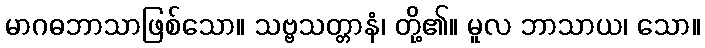
မာဂဓဘာသာဖြစ်သော။ သဗ္ဗသတ္တာနံ၊ တို့၏။ မူလ ဘာသာယ၊ သော။